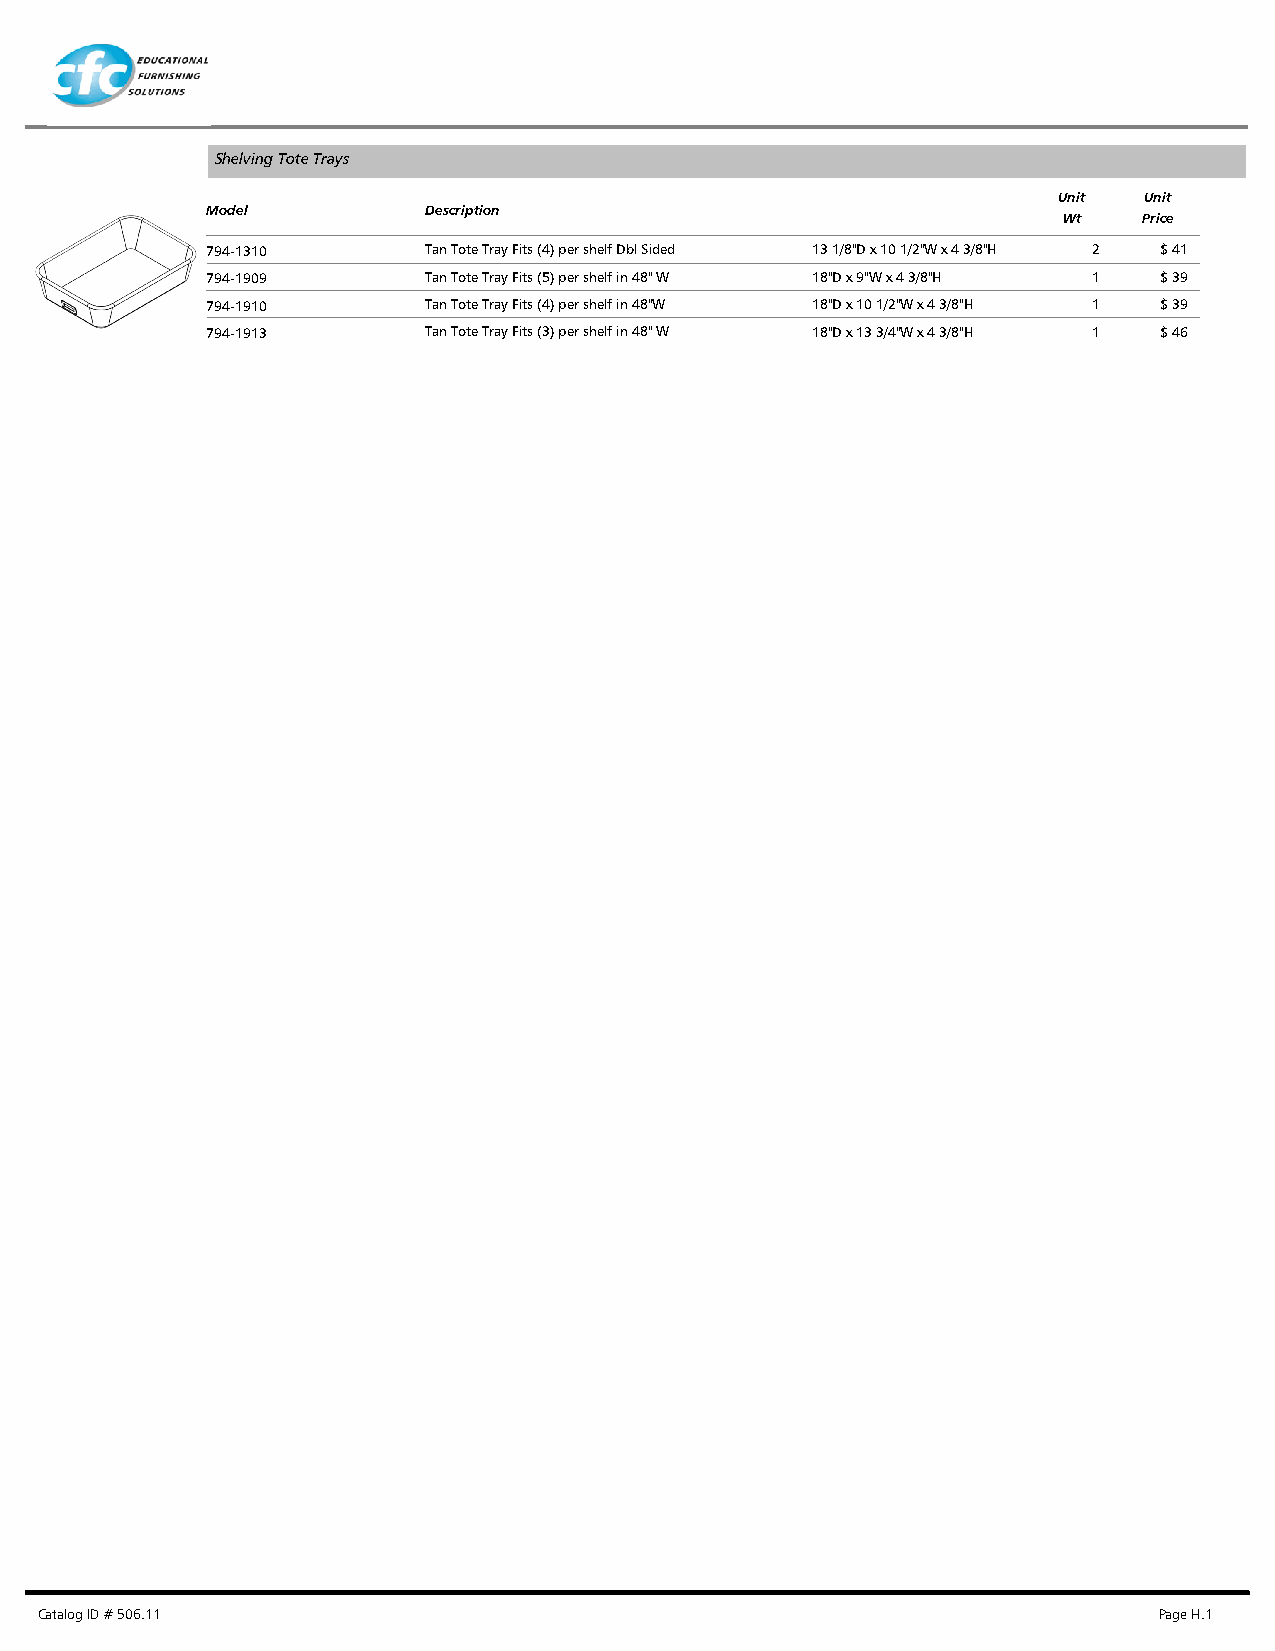
Shelving Tote Trays
 Unit  Unit
 Model         Description
 Wt    Price
 794-1310      Tan Tote Tray Fits (4) per shelf Dbl Sided 13 1/8"D x 10 1/2"W x 4 3/8"H 2 $ 41
 794-1909      Tan Tote Tray Fits (5) per shelf in 48" W 18"D x 9"W x 4 3/8"H 1 $ 39
 794-1910      Tan Tote Tray Fits (4) per shelf in 48"W 18"D x 10 1/2"W x 4 3/8"H 1 $ 39
 794-1913      Tan Tote Tray Fits (3) per shelf in 48" W 18"D x 13 3/4"W x 4 3/8"H 1 $ 46
 Catalog ID # 506.11                                                        Page H.1